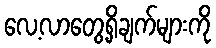
လေ့လာတွေ့ရှိချက်များကို